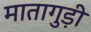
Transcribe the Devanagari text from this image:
मातागुड़ी